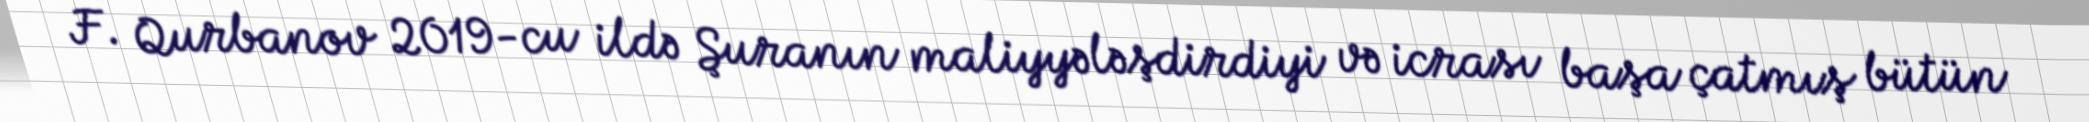
F. Qurbanov 2019-cu ildə Şuranın maliyyələşdirdiyi və icrası başa çatmış bütün